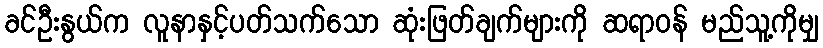
ခင်ဦးနွယ်က လူနာနှင့်ပတ်သက်သော ဆုံးဖြတ်ချက်များကို ဆရာဝန် မည်သူ့ကိုမျှ